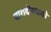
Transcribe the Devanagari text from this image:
पारादीस्याको